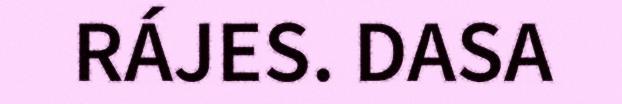
RÁJES. DASA